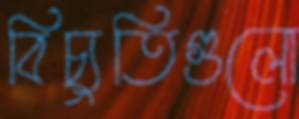
বিচ্যুতিগুলো